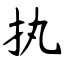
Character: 执